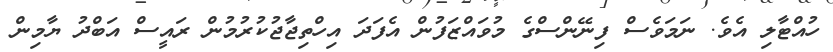
ހުއްޓާލި އެވެ. ނަމަވެސް ފިނޭންސްގެ މުވައްޒަފުން އެފަދަ އިހްތިޖާޖުކުރުމުން ރައީސް އަބްދު ޔާމިން